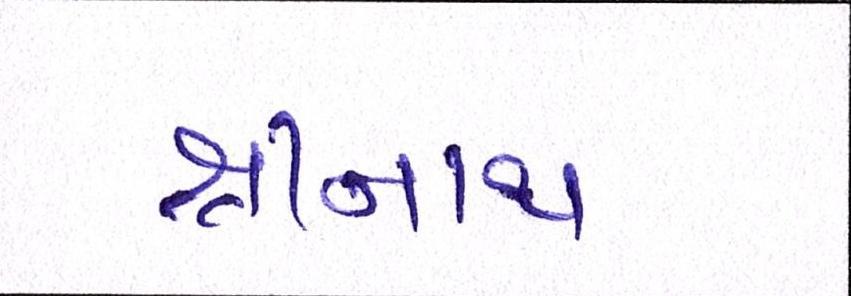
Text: શ્રીનાથ